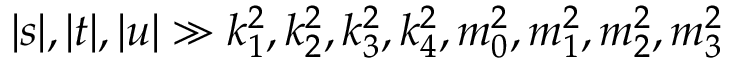
| s | , | t | , | u | \gg k _ { 1 } ^ { 2 } , k _ { 2 } ^ { 2 } , k _ { 3 } ^ { 2 } , k _ { 4 } ^ { 2 } , m _ { 0 } ^ { 2 } , m _ { 1 } ^ { 2 } , m _ { 2 } ^ { 2 } , m _ { 3 } ^ { 2 }